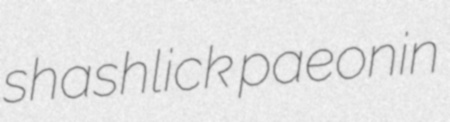
shashlick paeonin